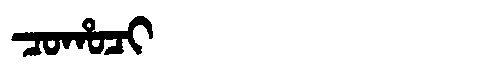
Manchu: ᠴᠣᡥᠣᠴᡳ
Romanization: COHOCI